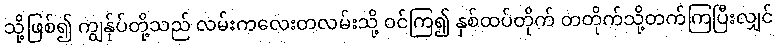
သို့ဖြစ်၍ ကျွန်ုပ်တို့သည် လမ်းကလေးတလမ်းသို့ ဝင်ကြ၍ နှစ်ထပ်တိုက် တတိုက်သို့တက်ကြပြီးလျှင်